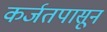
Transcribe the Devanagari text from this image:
कर्जतपासून